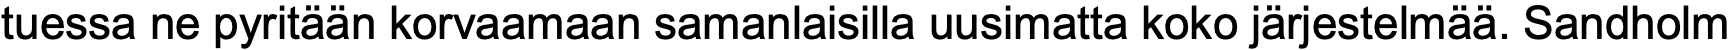
tuessa ne pyritään korvaamaan samanlaisilla uusimatta koko järjestelmää. Sandholm